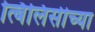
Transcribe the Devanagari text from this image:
त्बिलिसीच्या